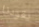
يقودنا